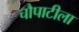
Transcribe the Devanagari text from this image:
चौपाटीला